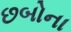
છબોના